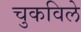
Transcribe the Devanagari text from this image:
चुकविले